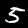
Label: 5